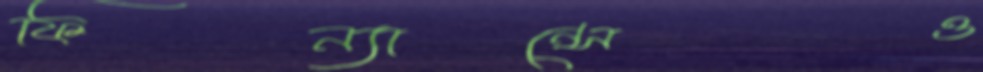
ফিন্যান্সেও